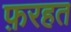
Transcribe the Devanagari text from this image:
फ़रहत